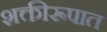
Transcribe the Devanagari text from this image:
शक्तीरूपात